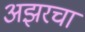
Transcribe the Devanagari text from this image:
अझरचा